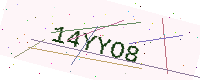
Text: 14YYO8